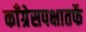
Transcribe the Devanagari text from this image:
काँग्रेसपक्षातर्फे